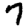
Digit: 7